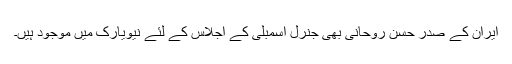
ایران کے صدر حسن روحانی بھی جنرل اسمبلی کے اجلاس کے لئے نیویارک میں موجود ہیں۔